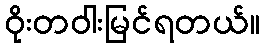
ဝိုးတဝါးမြင်ရတယ်။